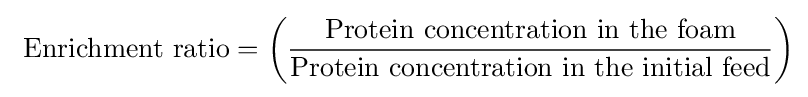
{\text{ Enrichment ratio}}=\left({\frac {\text{Protein concentration in the foam}}{\text{Protein concentration in the initial feed}}}\right)